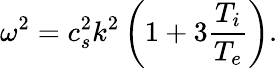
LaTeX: \omega^{2}=c_{s}^{2}k^{2}\left(1+3\frac{T_{i}}{T_{e}}\right).